65_HS1-834228961_62-HQ-83894_Serial_164
Agency: FBI
Page 36
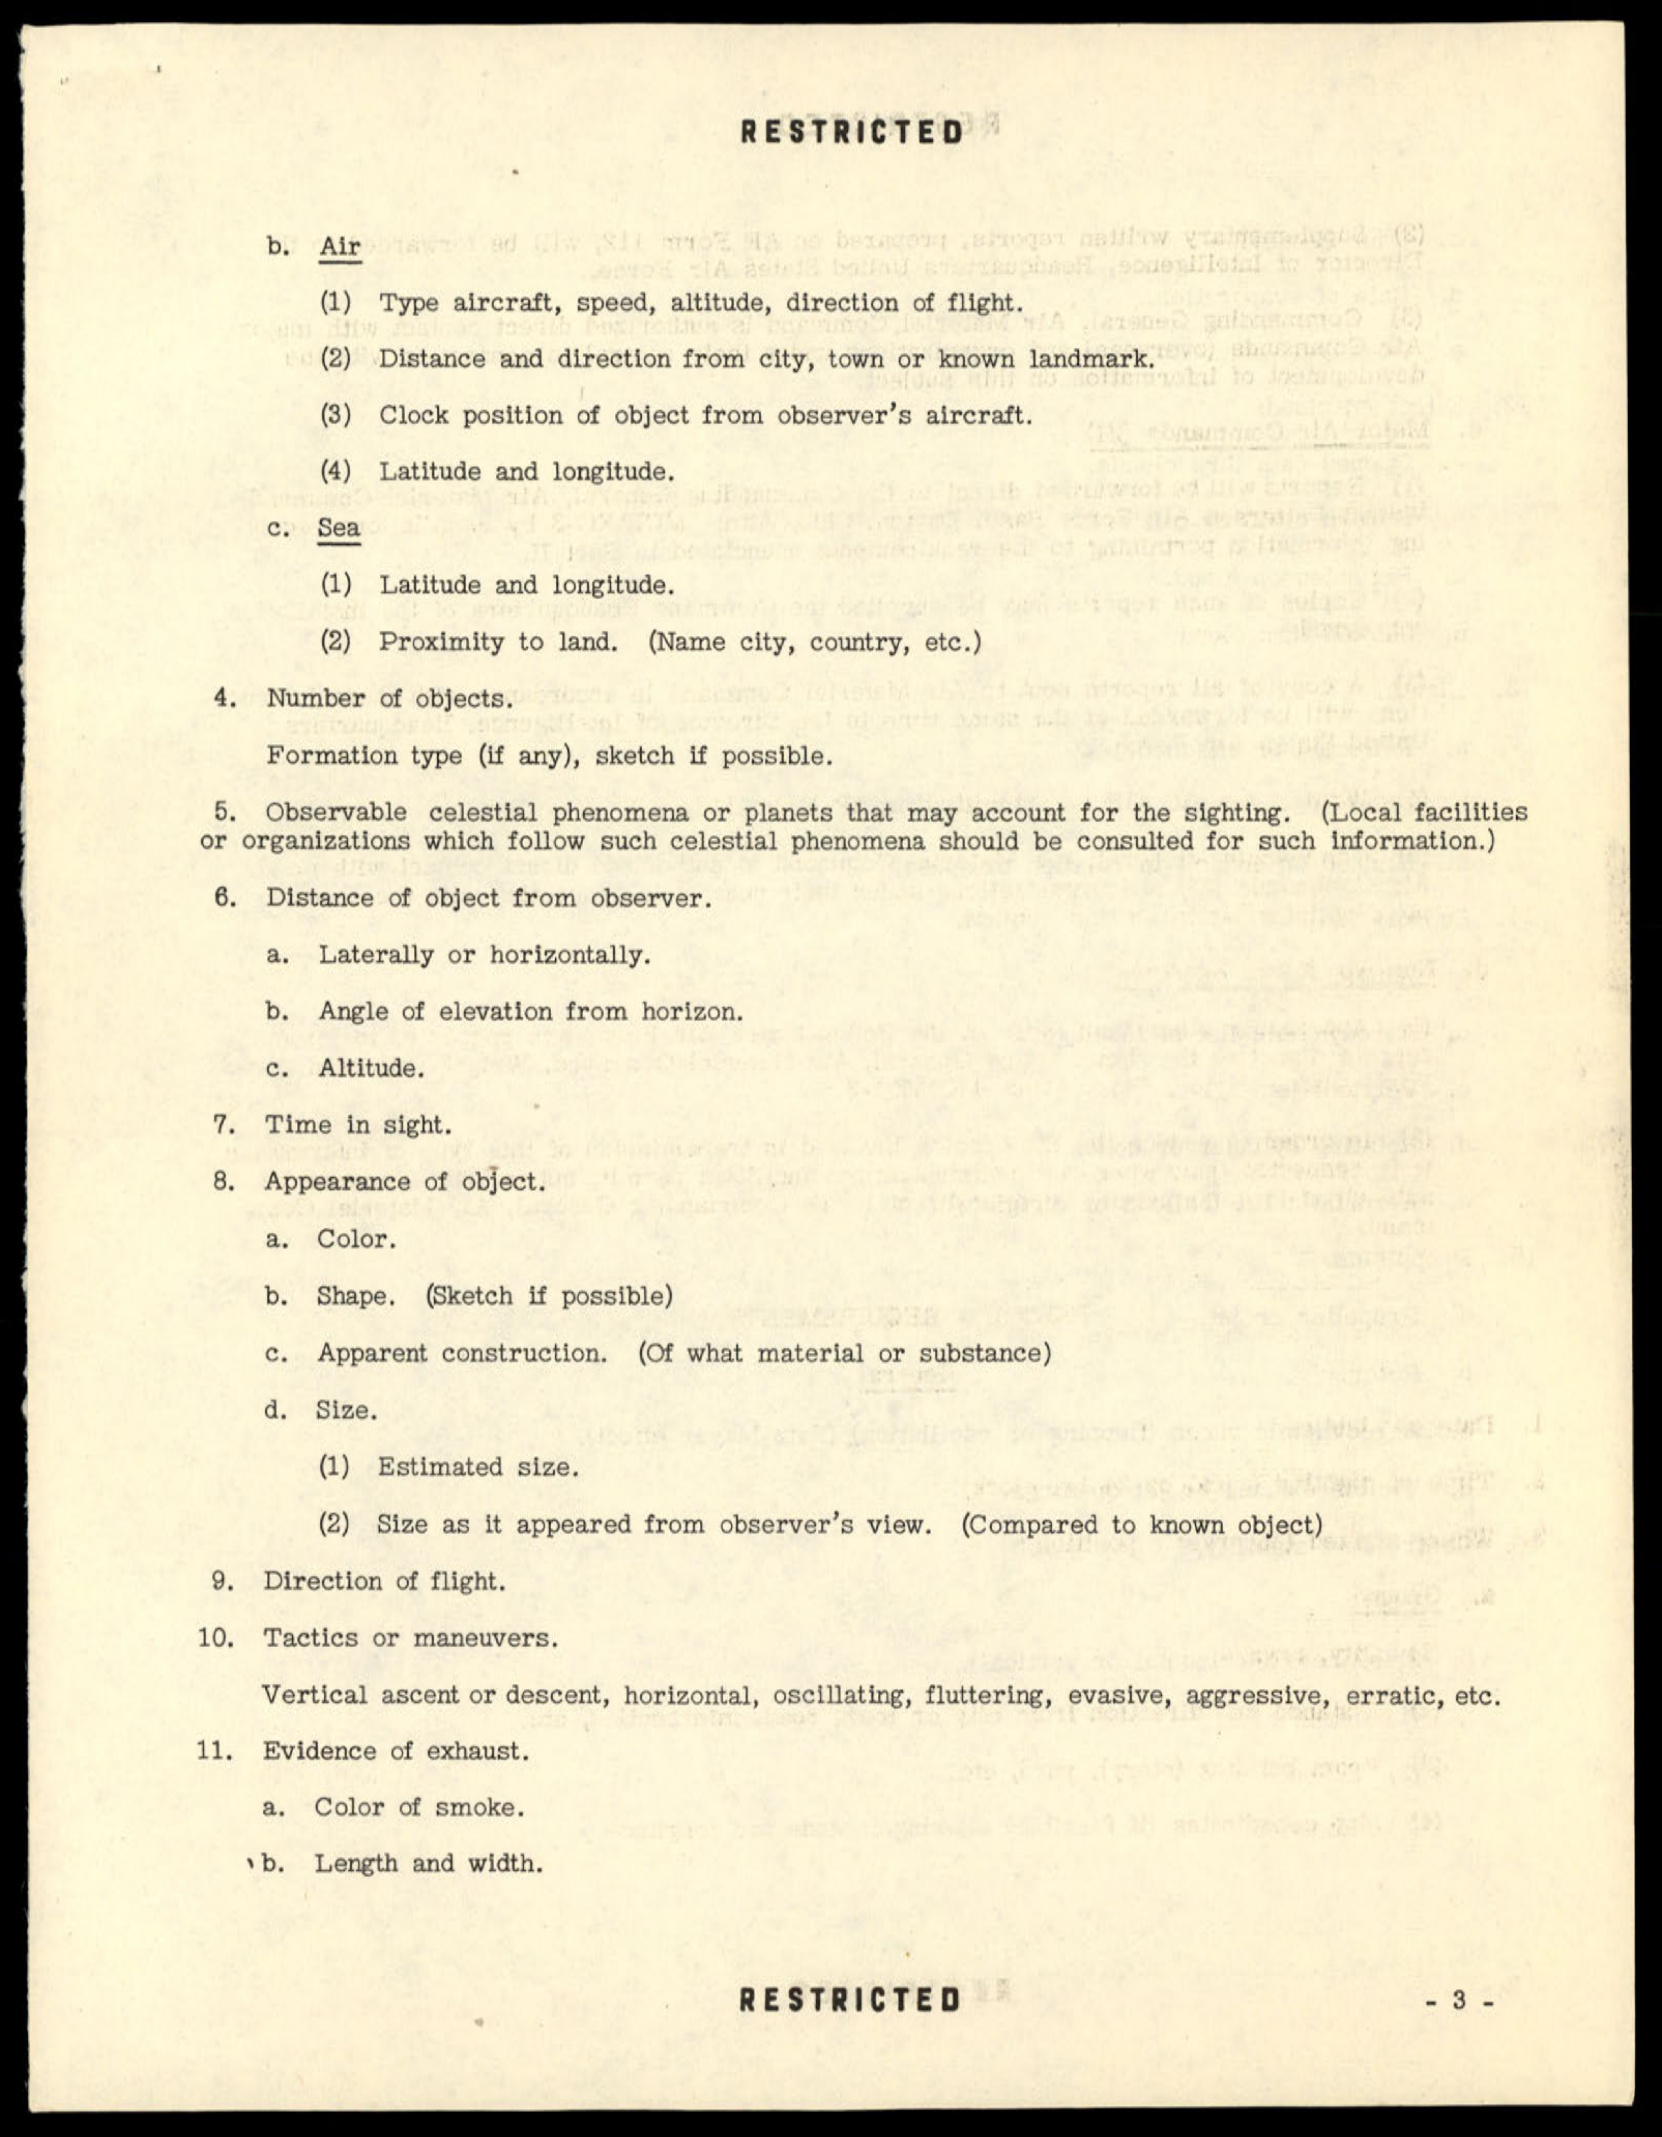